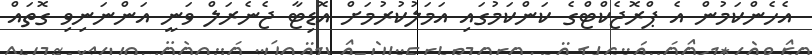
އެހެންކަމުން އެ ޕްރޮޖެކްޓްގެ ކަންކަމުގައި އަމަލުކުރުމަށް އޮޑިޓާ ޖެނެރަލް ވަނީ އަންނަނިވި ގޮތައް